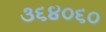
૩૬૪૦૬૦